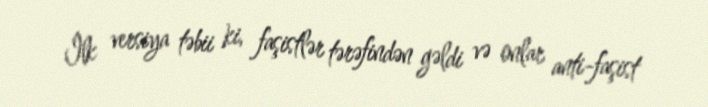
İlk versiya təbii ki, faşistlər tərəfindən gəldi və onlar anti-faşist